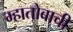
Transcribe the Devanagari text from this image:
म्हातोबाची